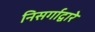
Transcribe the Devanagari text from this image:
निसर्गाद्वारे